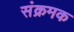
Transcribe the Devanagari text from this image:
संक्रमक